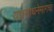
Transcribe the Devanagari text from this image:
यज्ञसाधनेमागचा